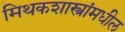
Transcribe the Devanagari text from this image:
मिथकशास्त्रांमधील